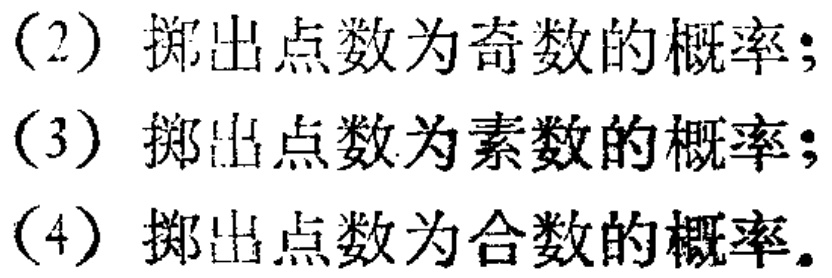
(2) 掷出点数为奇数的概率；

(3) 掷出点数为素数的概率；

(4) 掷出点数为合数的概率。